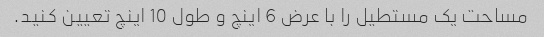
مساحت یک مستطیل را با عرض 6 اینچ و طول 10 اینچ تعیین کنید.